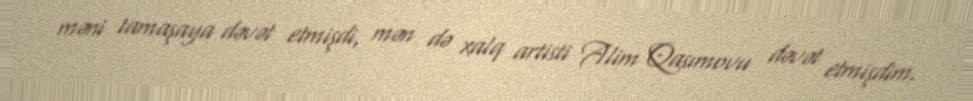
məni tamaşaya dəvət etmişdi, mən də xalq artisti Alim Qasımovu dəvət etmişdim.